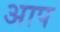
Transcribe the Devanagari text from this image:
अाप